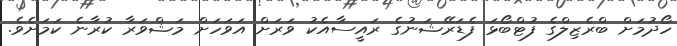
ހޯދުމަށް ބްރެޒިލްގެ ފުޓްބޯޅަ ފެޑަރޭޝަނުގެ ރައީސާއެކު ވަރަށް އަވަހަށް މަޝްވަރާ ކުރާނެ ކަމަށެވެ.